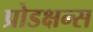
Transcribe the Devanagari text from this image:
प्रोडक्षन्स